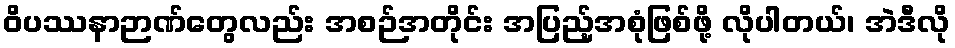
ဝိပဿနာဉာဏ်တွေလည်း အစဉ်အတိုင်း အပြည့်အစုံဖြစ်ဖို့ လိုပါတယ်၊ အဲဒီလို